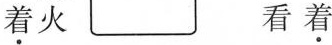
\underset{·}{着}火 看\underset{·}{着}